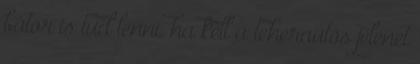
bátor is tud lenni, ha kell a teherautós jelenet